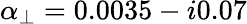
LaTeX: \alpha_{\perp}=0.0035-i0.07